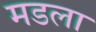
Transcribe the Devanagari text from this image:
मडला